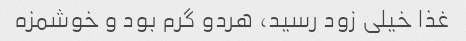
غذا خیلی زود رسید، هردو گرم بود و خوشمزه